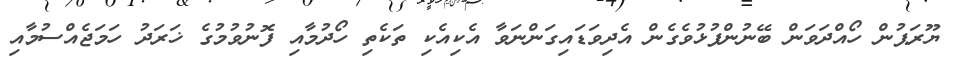
ޔޫރަޕުން ހޯއްދަވަން ބޭނުންފުޅުވެގެން އެދިވަޑައިގަންނަވާ އެކިއެކި ތަކެތި ހޯދުމާއި ފޮނުވުމުގެ ޚަރަދު ހަމަޖެއްސުމާއި